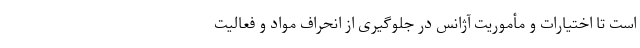
است تا اختیارات و مأموریت آژانس در جلوگیری از انحراف مواد و فعالیت